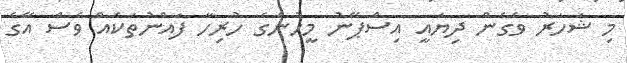
މި ޝަހަރު ވެގެން ދިޔައީ އިސްޕޭނު މީހުންގެ ހުރިހާ ފައްނުތަކެއް ވެސް އޭގެ